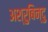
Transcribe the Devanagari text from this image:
अश्रुबिन्दु